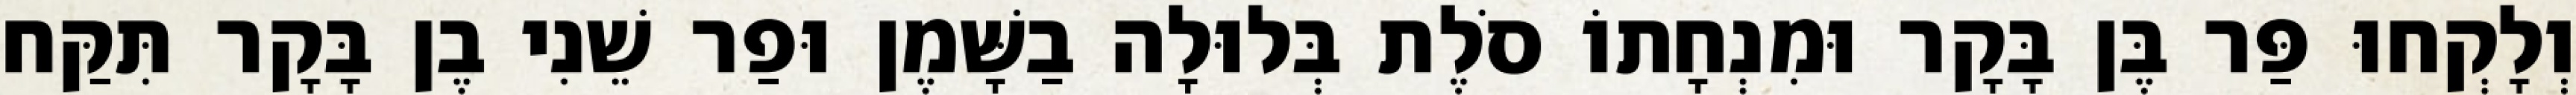
וְלָקְחוּ פַּר בֶּן בָּקָר וּמִנְחָתוֹ סֹלֶת בְּלוּלָה בַשָּׁמֶן וּפַר שֵׁנִי בֶן בָּקָר תִּקַּח